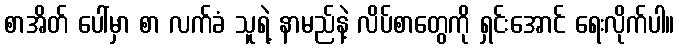
စာအိတ် ပေါ်မှာ စာ လက်ခံ သူရဲ့ နာမည်နဲ့ လိပ်စာတွေကို ရှင်းအောင် ရေးလိုက်ပါ။